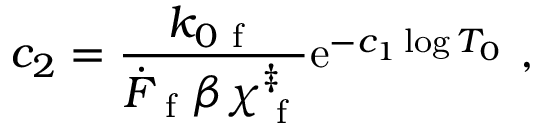
c _ { 2 } = \frac { k _ { 0 \mathrm { ~ f ~ } } } { \dot { F } _ { \mathrm { ~ f ~ } } \beta \chi _ { \mathrm { ~ f ~ } } ^ { \ddag } } \mathrm { e } ^ { - c _ { 1 } \log T _ { 0 } } ~ ,